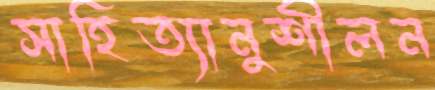
সাহিত্যানুশীলন